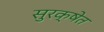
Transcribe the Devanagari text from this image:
सुरक्षेत